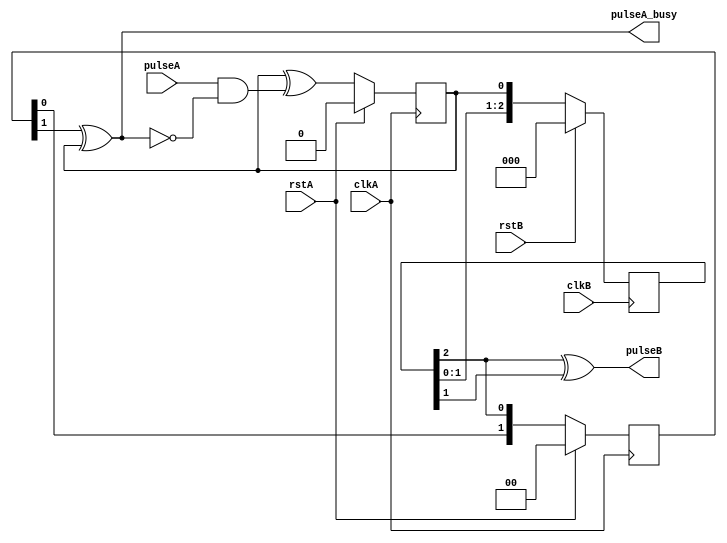
/*******************************************************************************
 *
 *  NetFPGA-10G http://www.netfpga.org
 *
 *  File:
 *        sync_pulse.v
 *
 *  Library:
 *        hw/osnt/pcores/osnt_10g_interface_v1_11_a
 *
 *  Module:
 *        sync_pulse
 *
 *  Author:
 *        Yury Audzevich
 *
 *  Description:
 *        MAC-CORE clk pulse synchronizer
 *
 *  Copyright notice:
 *        Copyright (C) 2010, 2011 The Board of Trustees of The Leland Stanford
 *                                 Junior University
 *
 *  Licence:
 *        This file is part of the NetFPGA 10G development base package.
 *
 *        This file is free code: you can redistribute it and/or modify it under
 *        the terms of the GNU Lesser General Public License version 2.1 as
 *        published by the Free Software Foundation.
 *
 *        This package is distributed in the hope that it will be useful, but
 *        WITHOUT ANY WARRANTY; without even the implied warranty of
 *        MERCHANTABILITY or FITNESS FOR A PARTICULAR PURPOSE.  See the GNU
 *        Lesser General Public License for more details.
 *
 *        You should have received a copy of the GNU Lesser General Public
 *        License along with the NetFPGA source package.  If not, see
 *        http://www.gnu.org/licenses/.
 *
 */


`timescale 1ns / 1ps
module sync_pulse(
	input  clkA,
	input  rstA,
	input  pulseA,
	
	input  clkB,
	input  rstB,
	output pulseB,
	
	output pulseA_busy
);

// filter input pulse in clkA
// input pulse ^ (latched pulse & ~busy transfering pulse)
reg t_pulseA;
always @ (posedge clkA) begin
	if (rstA)  	t_pulseA <= 0; 
	else 			t_pulseA <= t_pulseA ^ (pulseA & ~pulseA_busy);
end

// transfer pulseA in clkB
// use simple shift register; output [2] element
reg [2:0] pulseA_clkB; // at least 3 elements
always @ (posedge clkB) begin
	if	(rstB) pulseA_clkB <= 'b0;
	else 		 pulseA_clkB <= {pulseA_clkB[1:0], t_pulseA};
end

//pulse filter in clkB and output
assign pulseB = pulseA_clkB[2] ^ pulseA_clkB[1];


// pulseB is transfer back to clkA for feedback (form busy period)
// same as above but in clkA, i.e. put pulseA in clkB into shift reg
reg [1:0] pulseB_clkA;
always @ (posedge clkA) begin
	if	(rstA) pulseB_clkA <= 'b0;
	else 		 pulseB_clkA <= {pulseB_clkA[0], pulseA_clkB[2]};
end

//busy period = (RTT time clkA->clkB->clkA  - latched in clkA)
assign pulseA_busy = pulseB_clkA[1] ^ t_pulseA;


endmodule